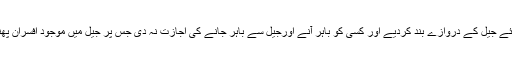
تفصیلات کے مطابق جیل عملے نے مراعات اور تنخواہیں نہ ملنے پر احتجاج کرتے ہوئے جیل کے دروازے بند کردیے اور کسی کو باہر آنے اورجیل سے باہر جانے کی اجازت نہ دی جس پر جیل میں موجود افسران پھنس کررہ گئے جبکہ قیدیوں کو عدالت میں پیشی سے لے جانے کیلئے بھی روک دیا گیا۔